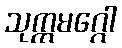
သုက္ကမဂ္ဂေါ